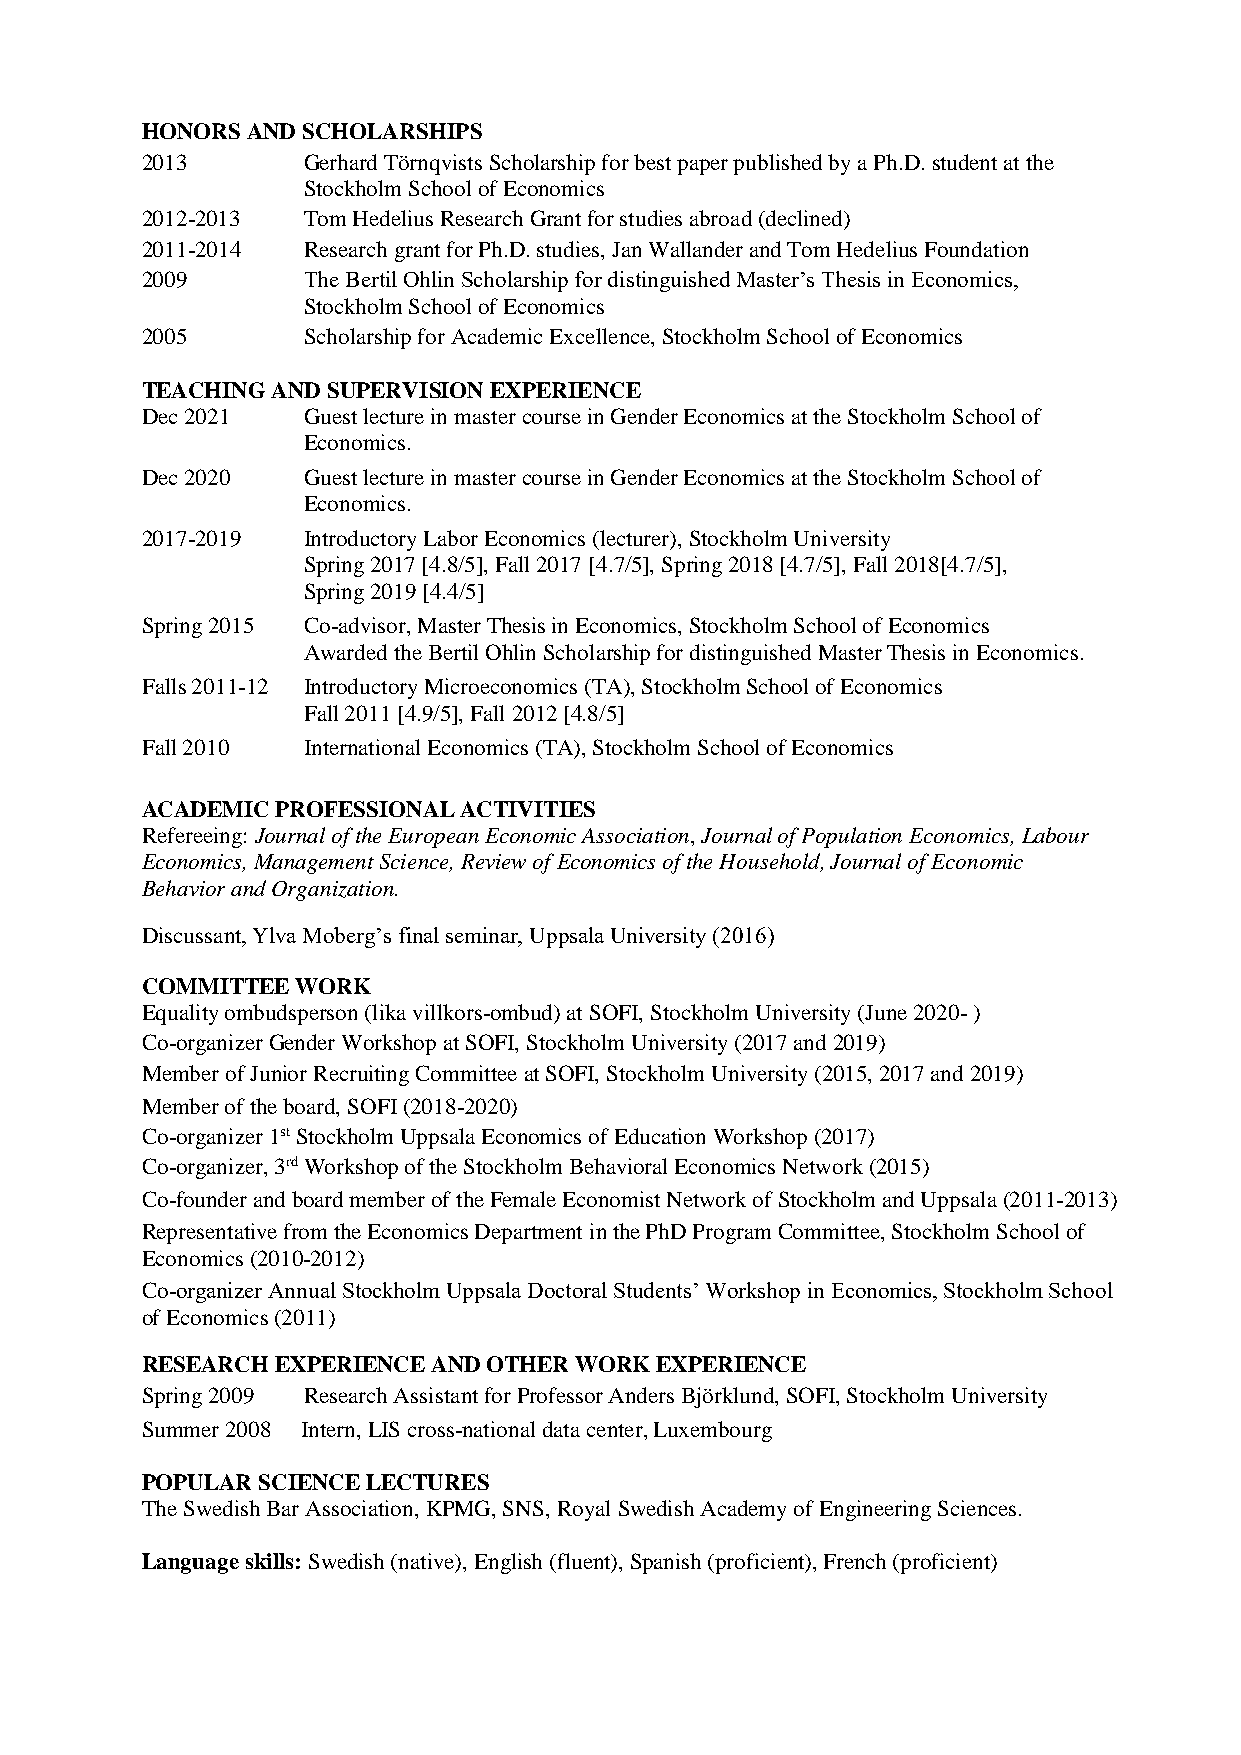
HONORS AND SCHOLARSHIPS
 2013       Gerhard Törnqvists Scholarship for best paper published by a Ph.D. student at the
 Stockholm School of Economics
 2012-2013  Tom Hedelius Research Grant for studies abroad (declined)
 2011-2014  Research grant for Ph.D. studies, Jan Wallander and Tom Hedelius Foundation
 2009       The Bertil Ohlin Scholarship for distinguished Master’s Thesis in Economics,
 Stockholm School of Economics
 2005       Scholarship for Academic Excellence, Stockholm School of Economics
 TEACHING AND SUPERVISION EXPERIENCE
 Dec 2021   Guest lecture in master course in Gender Economics at the Stockholm School of
 Economics.
 Dec 2020   Guest lecture in master course in Gender Economics at the Stockholm School of
 Economics.
 2017-2019  Introductory Labor Economics (lecturer), Stockholm University
 Spring 2017 [4.8/5], Fall 2017 [4.7/5], Spring 2018 [4.7/5], Fall 2018[4.7/5],
 Spring 2019 [4.4/5]
 Spring 2015 Co-advisor, Master Thesis in Economics, Stockholm School of Economics
 Awarded the Bertil Ohlin Scholarship for distinguished Master Thesis in Economics.
 Falls 2011-12 Introductory Microeconomics (TA), Stockholm School of Economics
 Fall 2011 [4.9/5], Fall 2012 [4.8/5]
 Fall 2010  International Economics (TA), Stockholm School of Economics
 ACADEMIC PROFESSIONAL ACTIVITIES
 Refereeing: Journal of the European Economic Association, Journal of Population Economics, Labour
 Economics, Management Science, Review of Economics of the Household, Journal of Economic
 Behavior and Organization.
 Discussant, Ylva Moberg’s final seminar, Uppsala University (2016)
 COMMITTEE  WORK
 Equality ombudsperson (lika villkors-ombud) at SOFI, Stockholm University (June 2020- )
 Co-organizer Gender Workshop at SOFI, Stockholm University (2017 and 2019)
 Member of Junior Recruiting Committee at SOFI, Stockholm University (2015, 2017 and 2019)
 Member of the board, SOFI (2018-2020)
 Co-organizer 1st Stockholm Uppsala Economics of Education Workshop (2017)
 Co-organizer, 3rd Workshop of the Stockholm Behavioral Economics Network (2015)
 Co-founder and board member of the Female Economist Network of Stockholm and Uppsala (2011-2013)
 Representative from the Economics Department in the PhD Program Committee, Stockholm School of
 Economics (2010-2012)
 Co-organizer Annual Stockholm Uppsala Doctoral Students’ Workshop in Economics, Stockholm School
 of Economics (2011)
 RESEARCH EXPERIENCE AND OTHER WORK EXPERIENCE
 Spring 2009 Research Assistant for Professor Anders Björklund, SOFI, Stockholm University
 Summer 2008 Intern, LIS cross-national data center, Luxembourg
 POPULAR SCIENCE LECTURES
 The Swedish Bar Association, KPMG, SNS, Royal Swedish Academy of Engineering Sciences.
 Language skills: Swedish (native), English (fluent), Spanish (proficient), French (proficient)